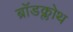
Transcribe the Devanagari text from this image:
ब्रॉडक्लोथ